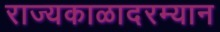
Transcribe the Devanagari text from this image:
राज्यकाळादरम्यान